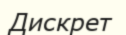
Дискрет